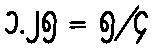
၁.၂၅ = ၅/၄